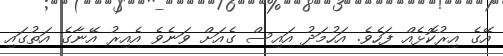
އޭގެ އިރުކޮޅެއް ފަހެވެ. އަހުމަދު އައިސް ގެއަށް ވަނެވެ އެއިރު އޭނާގެ އަތުގައި